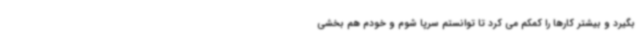
بگیرد و بیشتر کارها را کمکم می کرد تا توانستم سرپا شوم و خودم هم بخشی